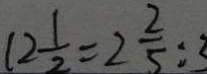
1 2 \frac { 1 } { 2 } = 2 \frac { 2 } { 5 } : 3